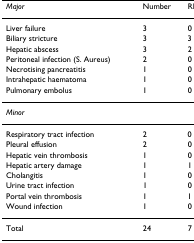
| Major | Number | RFA related |
 | --- | --- | --- |
 | Liver failure | 3 | 0 |
 | Biliary stricture | 3 | 3 |
 | Hepatic abscess | 3 | 2 |
 | Peritoneal infection (S. Aureus) | 2 | 0 |
 | Necrotising pancreatitis | 1 | 0 |
 | Intrahepatic haematoma | 1 | 0 |
 | Pulmonary embolus | 1 | 0 |
 | Minor |  |  |
 | Respiratory tract infection | 2 | 0 |
 | Pleural effusion | 2 | 0 |
 | Hepatic vein thrombosis | 1 | 0 |
 | Hepatic artery damage | 1 | 1 |
 | Cholangitis | 1 | 0 |
 | Urine tract infection | 1 | 0 |
 | Portal vein thrombosis | 1 | 1 |
 | Wound infection | 1 | 0 |
 | Total | 24 | 7 |